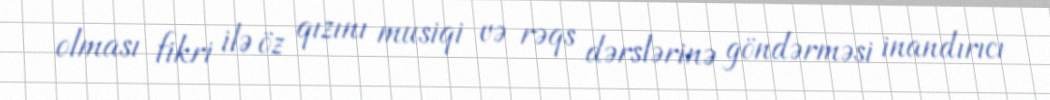
olması fikri ilə öz qızını musiqi və rəqs dərslərinə göndərməsi inandırıcı